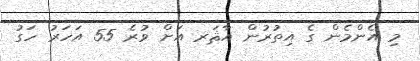
މި އެންމެން ގެ އިތުރުން އާޘަރ އަށް ވުރެ 55 އަހަރު ހަގު